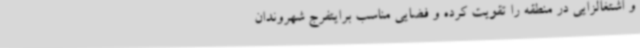
و اشتغالزایی در منطقه را تقویت کرده و فضایی مناسب برایتفرج شهروندان